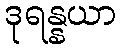
ဒုရန္နယာ